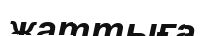
жаттыға